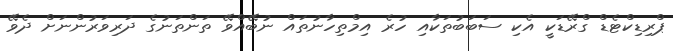
ޕްރިޑިކްޓެޑް ގްރޭޑަކީ އެކި ސަބަބުތަކާއި ހުރެ އިމްތިހާނުތައް ނުބޭއްވޭ ތަންތަނުގެ ދަރިވަރުންނަށް ދެވޭ